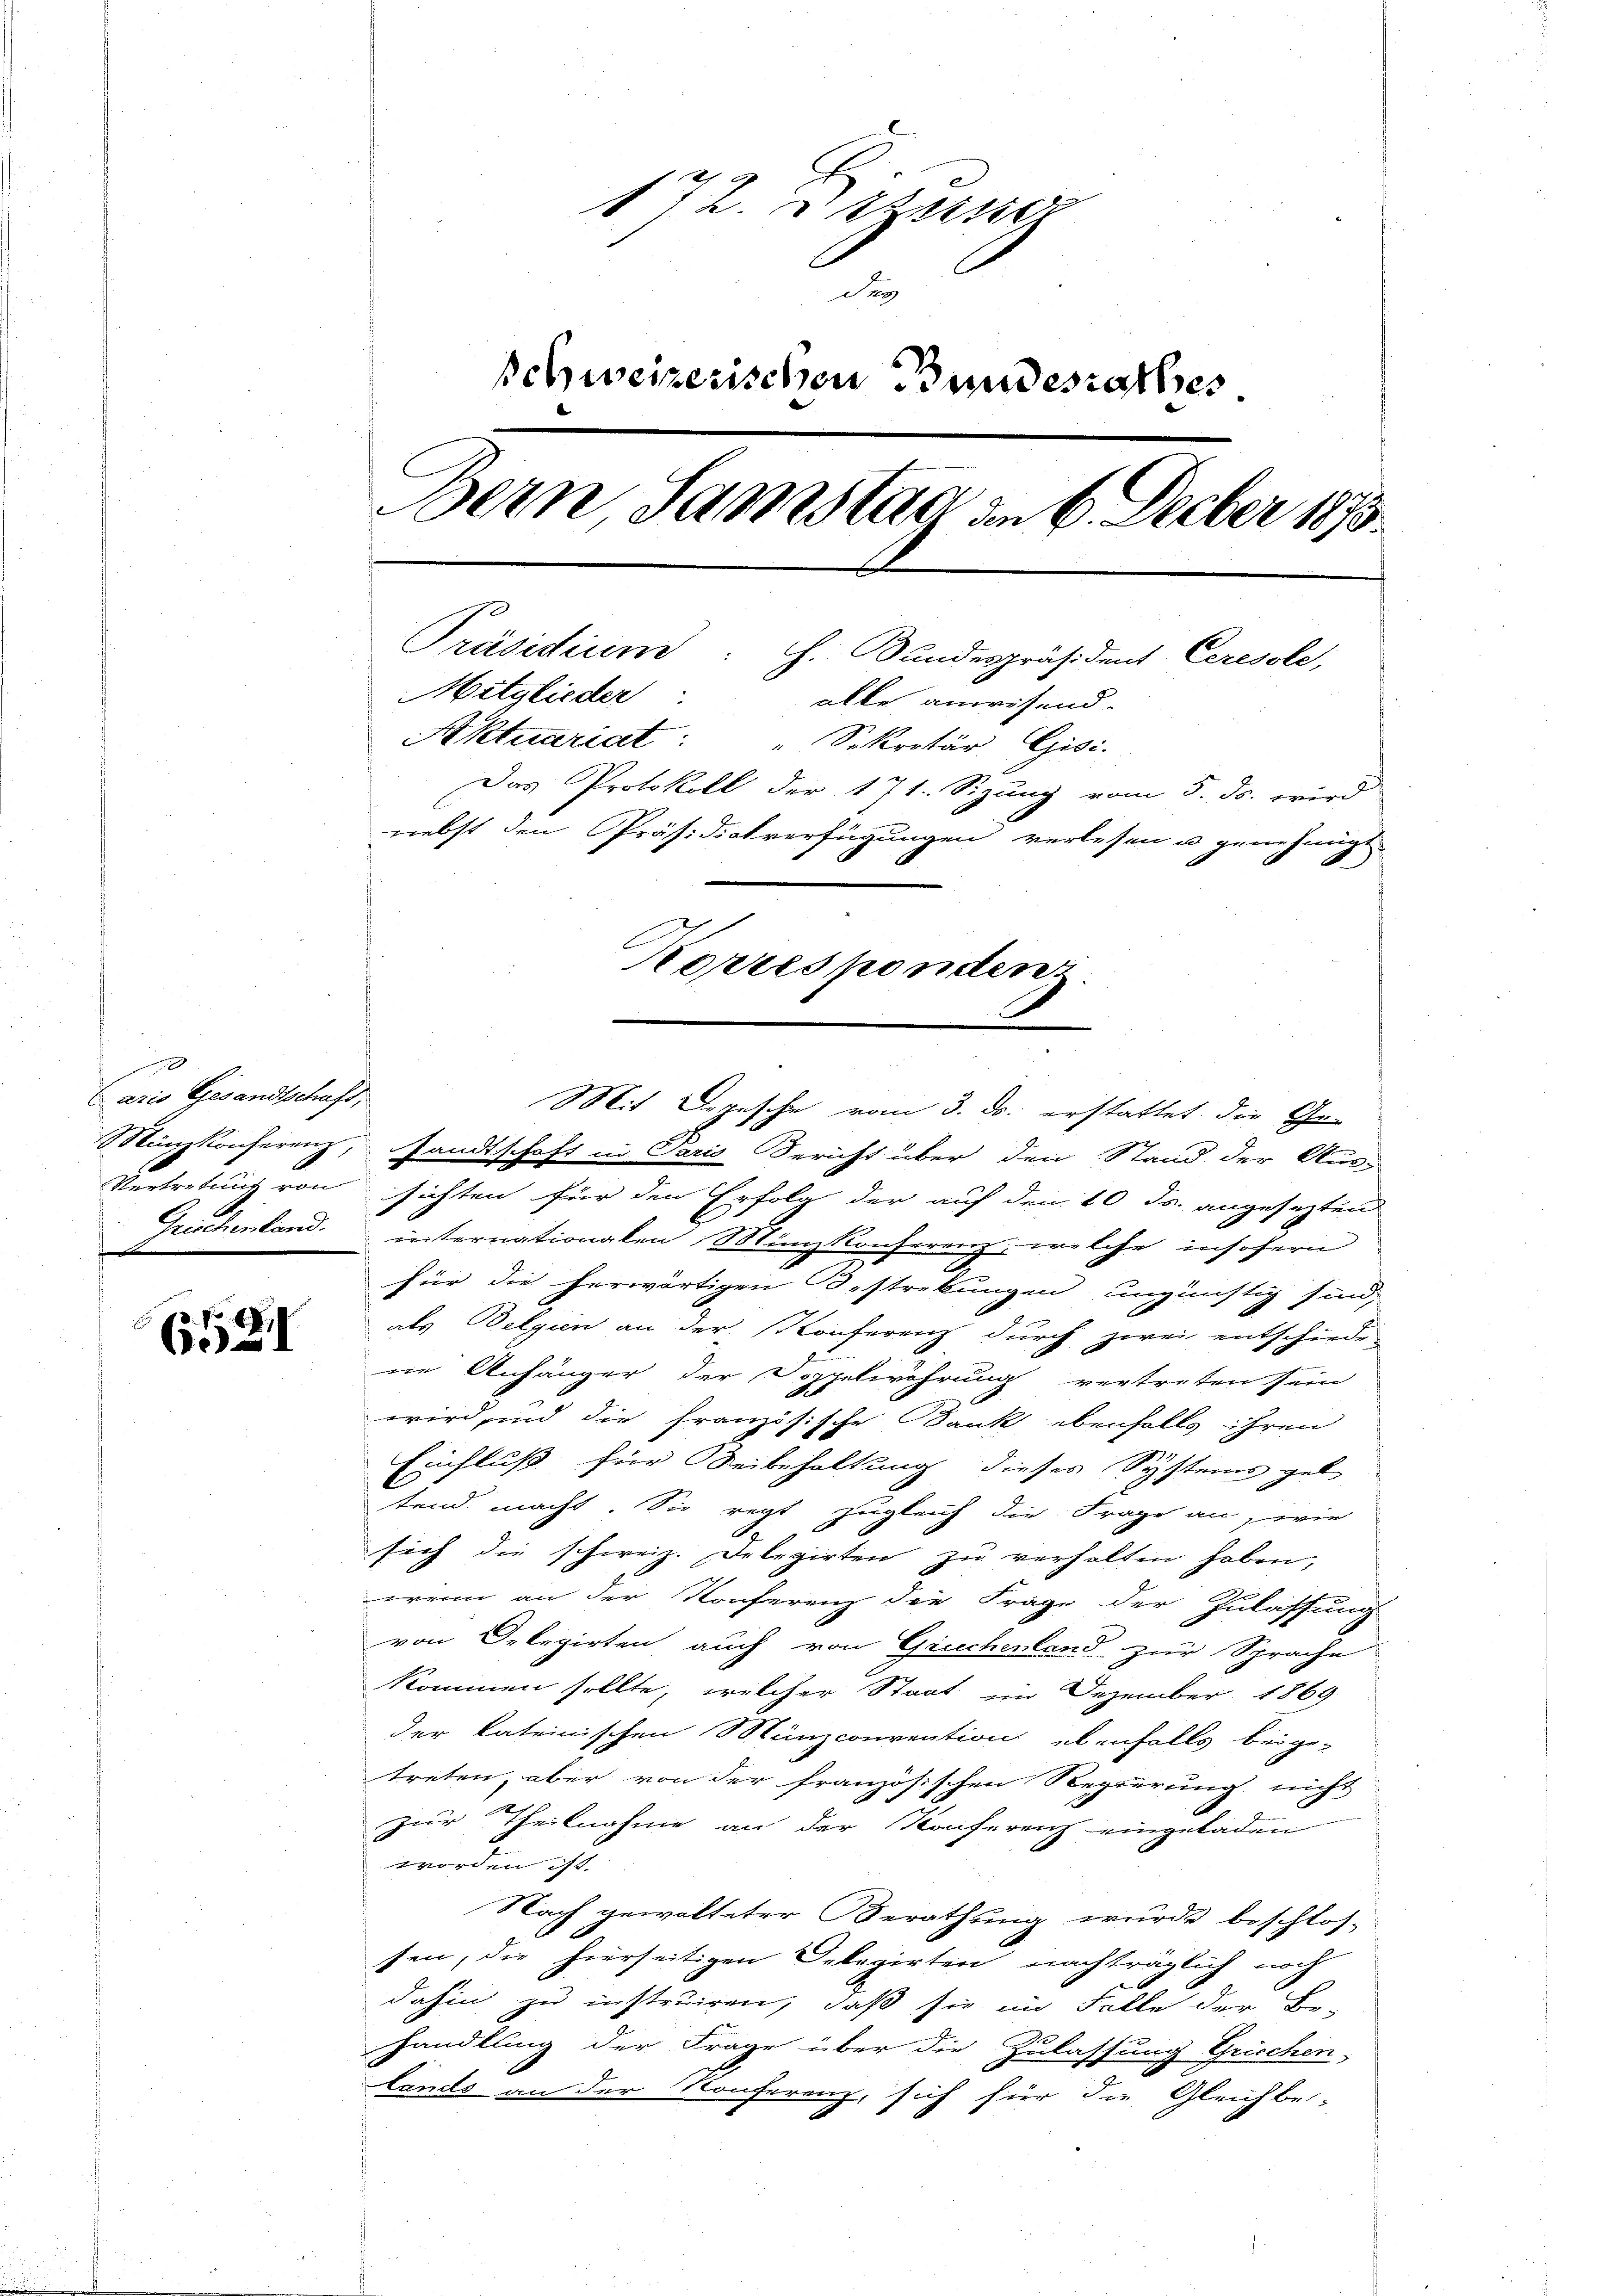
0
aris Gesandtschaft,
Minzkonferenz,
Vertretung von
Griechenland.

6521

172. Sitzung
Schweizerischen Bundesrathes
Bern Samstag am 6. Feber 1873.
Präsidium : h. Bundespräsident Ceresole,
Mitglieder: alle anwesend.
Aktuariat: " Sekretär Gisi-
Das Protokoll der 171. Sitzung vom 5. ds. wird
nebst den Präsidiatverfügungen verlesen u genehmigt
Korrespondens

Mit Depesche vom 3. ds. erstattet die Ge-

sandtschaft in Paris Bericht über den Stand der Aus-
sichten für den Erfolg der auf den 10. Js. angesezten
internationalen Münzkonferenz, welche insofern
für die herwärtigen Bestrebungen ungünstig sind,
als Belgien an der Konferenz durch zwei entschiede-
ne Anhänger der Doppelwöhrung vertreten sein
wird, und die französische Bank ebenfalls ihren
Einfluß für Reibehaltung dieses Systems gele
tend macht. Sie regt zugleich die Frage an, wie
sich die schweiz. Delegirten zu verhalten haben,
wenn an der Konferenz die Frage der Zulassung
von Delegirten auch von Griechenland zur Sprache
kommen sollte, welcher Staat im Dezember 1869
der kateinischen Münzconvention ebenfalls beige-
treten, aber von der französischen Regierung nicht
zur Theilnahme an der Konfereich eingeladen
worden ist.
Nach gewalteter Berathung wurde beschlos-
sen, die hierseitigen Delegirten nachträglich noch
dahin zu instruiren, daß sie im Falle der Be-
handlung der Frage über die Zulassung Griechen-
Lands an der Konferenz, sich für die Gleichbe-